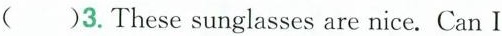
( )3. These sunglasses are nice. Can I